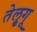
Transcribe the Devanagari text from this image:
तेलु्गू